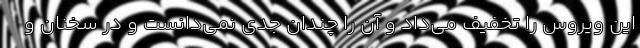
این ویروس را تخفیف می‌داد و آن را چندان جدی نمی‌دانست و در سخنان و